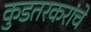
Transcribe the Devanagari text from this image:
कुडतरकरांचे